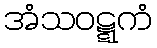
အံသဝဋ္ဋကံ